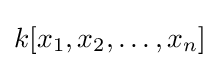
k[x_{1},x_{2},\ldots ,x_{n}]